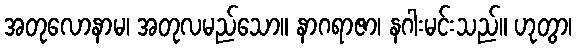
အတုလောနာမ၊ အတုလမည်သော။ နာဂရာဇာ၊ နဂါးမင်းသည်။ ဟုတွာ၊